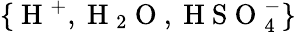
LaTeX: \{ \mathrm{~H~}^{+},\mathrm{~H~}_{2}\mathrm{~O~},\mathrm{~H~S~O~}_{4}^{-}\}